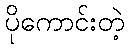
ပိုကောင်းတဲ့